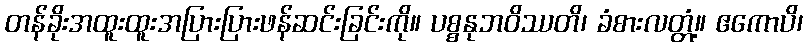
တန်ခိုးအထူးထူးအပြားပြားဖန်ဆင်းခြင်းကို။ ပစ္စနုဘဝိဿတိ၊ ခံစားလတ္တံ့။ ဧကောပိ၊